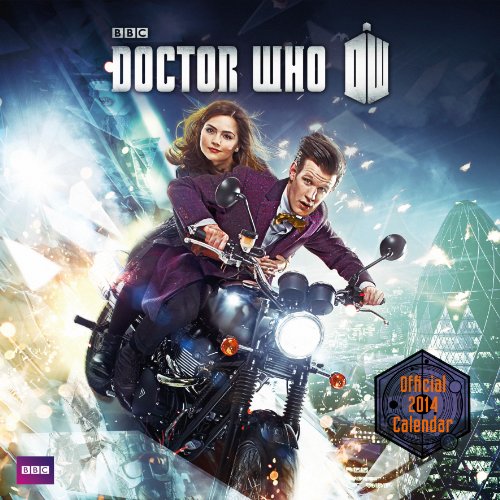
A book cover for Official Doctor Who 2014 Calendar; Calendars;